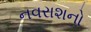
નવરાશનો